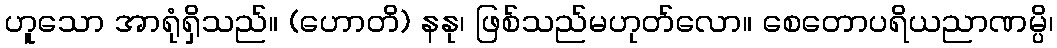
ဟူသော အာရုံရှိသည်။ (ဟောတိ) နနု၊ ဖြစ်သည်မဟုတ်လော။ စေတောပရိယညာဏမ္ပိ၊